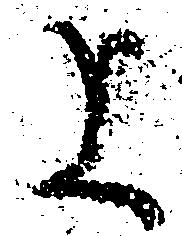
上